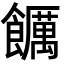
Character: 𮩖